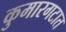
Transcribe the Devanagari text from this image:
कुमारगटात